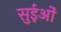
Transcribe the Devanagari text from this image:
सुईओं